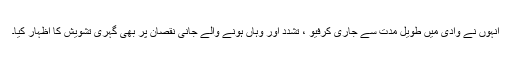
انہوں نے وادی میں طویل مدت سے جاری کرفیو ، تشدد اور وہاں ہونے والے جانی نقصان پر بھی گہری تشویش کا اظہار کیا۔